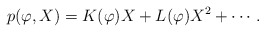
\begin{align*} p(\varphi ,X)=K(\varphi )X+L(\varphi )X^{2}+\cdots.\end{align*}